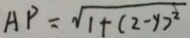
A P = \sqrt { 1 + ( 2 - y ) ^ { 2 } }